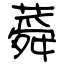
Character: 蕣